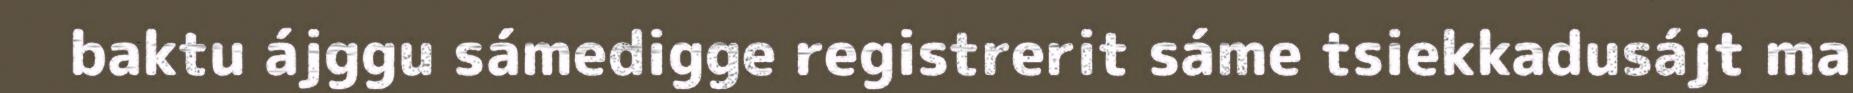
baktu ájggu sámedigge registrerit sáme tsiekkadusájt ma